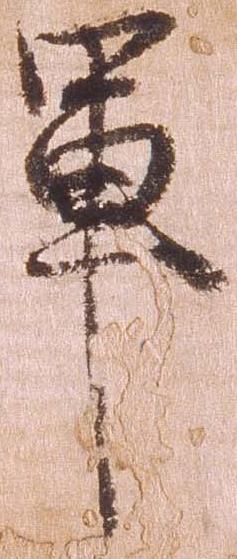
軍